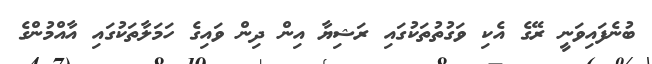
ބުނެފައިވަނީ ރޭގެ އެކި ވަގުތުތަކުގައި ރަޝިޔާ އިން ދިން ވައިގެ ހަމަލާތަކުގައި އާއްމުންގެ